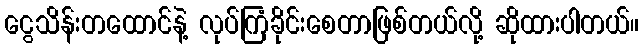
ငွေသိန်းတထောင်နဲ့ လုပ်ကြံခိုင်းစေတာဖြစ်တယ်လို့ ဆိုထားပါတယ်။